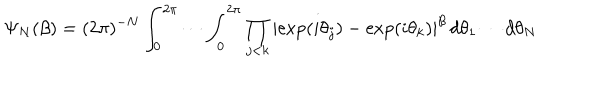
\Psi _ { N } ( \beta ) = ( 2 \pi ) ^ { - N } \int _ { 0 } ^ { 2 \pi } \cdots \int _ { 0 } ^ { 2 \pi } \prod _ { j < k } \left\vert \exp ( i \theta _ { j } ) - \exp ( i \theta _ { k } ) \right\vert ^ { \beta } \, d \theta _ { 1 } \cdots d \theta _ { N }